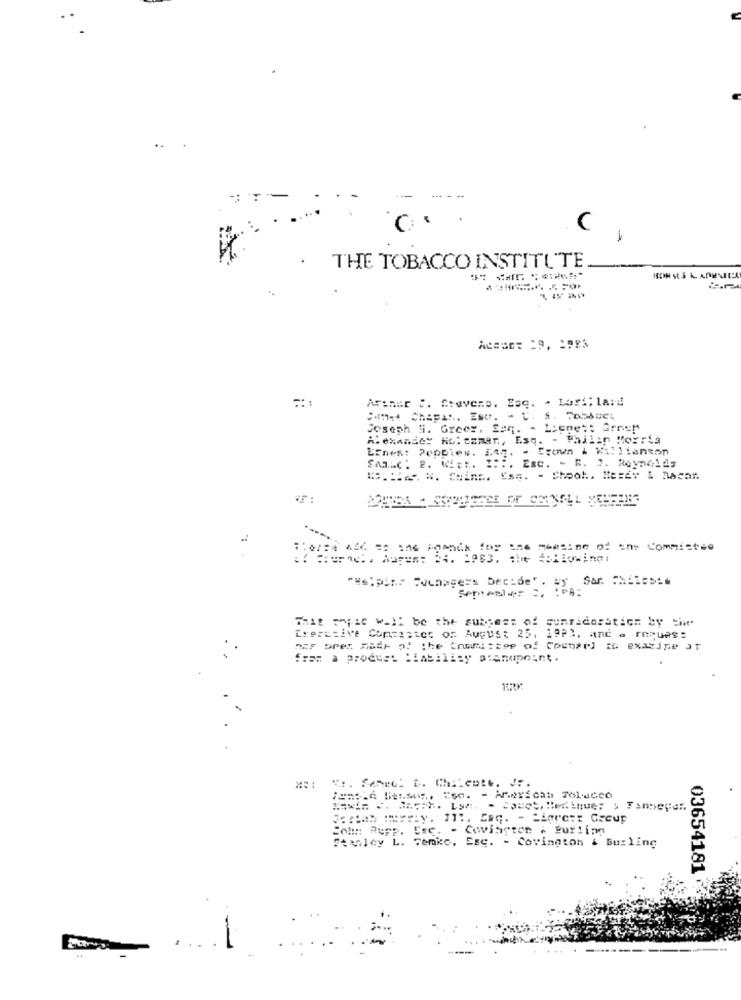
..
C
C
1
THE TOBACCO INSTITUTE
Acesc= 29, 2983
Artner :. Stevens. Zac. . Lori; la:d
Med Chapas. Esc. - C. $. Jobbuet
Joseph ii. Greer, faq.
- Locmet: arne!"
Alexander Ho: czmar ., Esq. - Philip Morris
Einest Poppies. Se2. - Crown & Wil lianton
SALC: P. W.t. :::. Est. - R. J. Reynolds
W. H. K. Ceinc. Ess. - Chool .. Heser & hacar.
:: ==== ac :. Au ==== 34. 1983, the followingi
"Helpins Foinagers Decide'. wy Sar. Chiles :.
That papie will be the subject of consideration by Eit
Executive Com=z:tet of August 25, 1923, and a recues:
has pres Made of the Charizzep of Counsel to examine at
fram a product liability standpoint.
Echn: Rupp. Esc. - Covington & Burling
Stanley L. Tenke, Ese. - Covington & Burling
03654181
..